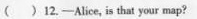
( )12.—Alice, is that your map?